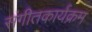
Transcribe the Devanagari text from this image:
संगीतकार्यक्रम